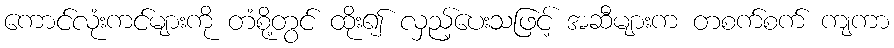
ကောင်လုံးကင်များကို တံစို့တွင် ထိုး၍ လှည့်ပေးသဖြင့် အဆီများက တစက်စက် ကျကာ